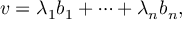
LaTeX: v = \lambda _ { 1 } b _ { 1 } + \cdots + \lambda _ { n } b _ { n } ,